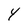
Character: Y